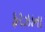
ફરઝાના